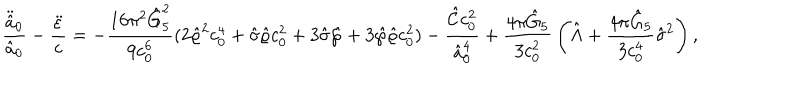
{ \frac { \ddot { \hat { a } } _ { 0 } } { \hat { a } _ { 0 } } } - { \frac { \ddot { \varepsilon } } { \varepsilon } } = - { \frac { 1 6 \pi ^ { 2 } \hat { G } _ { 5 } ^ { 2 } } { 9 c _ { 0 } ^ { 6 } } } ( 2 \hat { \varrho } ^ { 2 } c _ { 0 } ^ { 4 } + \hat { \sigma } \hat { \varrho } c _ { 0 } ^ { 2 } + 3 \hat { \sigma } \hat { \wp } + 3 \hat { \wp } \hat { \varrho } c _ { 0 } ^ { 2 } ) - { \frac { \hat { \cal C } c _ { 0 } ^ { 2 } } { \hat { a } _ { 0 } ^ { 4 } } } + { \frac { 4 \pi \hat { G } _ { 5 } } { 3 c _ { 0 } ^ { 2 } } } \left( \hat { \Lambda } + { \frac { 4 \pi \hat { G } _ { 5 } } { 3 c _ { 0 } ^ { 4 } } } \hat { \sigma } ^ { 2 } \right) ,